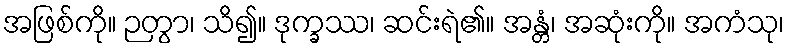
အဖြစ်ကို။ ဉတွာ၊ သိ၍။ ဒုက္ခဿ၊ ဆင်းရဲ၏။ အန္တံ၊ အဆုံးကို။ အကံသု၊